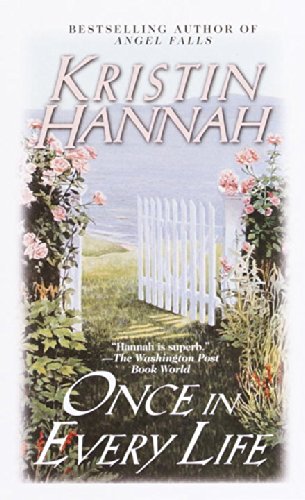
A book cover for Once in Every Life; Kristin Hannah; Romance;